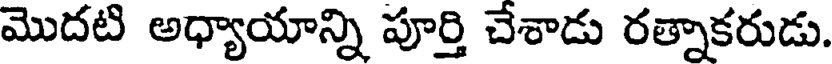
మొదటి అధ్యాయాన్ని పూర్తి చేశాడు రత్నాకరుడు.